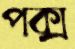
পক্স